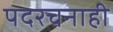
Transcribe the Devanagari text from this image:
पदरचनाही